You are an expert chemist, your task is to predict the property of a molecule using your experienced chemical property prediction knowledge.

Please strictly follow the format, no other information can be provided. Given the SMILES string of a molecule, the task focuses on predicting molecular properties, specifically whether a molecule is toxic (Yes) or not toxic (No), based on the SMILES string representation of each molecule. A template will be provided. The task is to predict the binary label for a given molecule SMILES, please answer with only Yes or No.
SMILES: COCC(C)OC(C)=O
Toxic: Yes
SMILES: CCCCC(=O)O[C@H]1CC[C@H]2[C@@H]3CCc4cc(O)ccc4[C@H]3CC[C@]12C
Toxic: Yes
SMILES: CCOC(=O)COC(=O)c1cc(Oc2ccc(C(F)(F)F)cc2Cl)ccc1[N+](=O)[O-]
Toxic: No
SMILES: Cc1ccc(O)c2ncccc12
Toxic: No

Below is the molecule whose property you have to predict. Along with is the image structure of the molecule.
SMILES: CCCc1ccc(O)c(OC)c1
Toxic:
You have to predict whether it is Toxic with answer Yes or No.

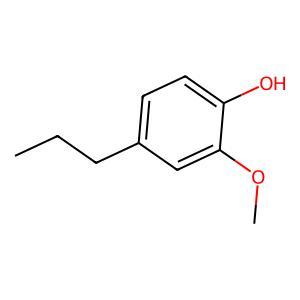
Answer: No